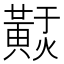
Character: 𪏃